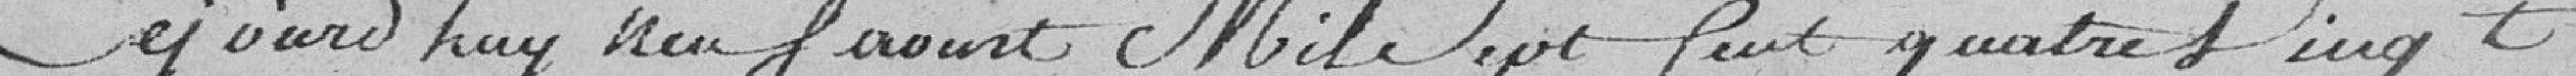
Ce jour d'huy neuf août mil sept sent quatre vingt